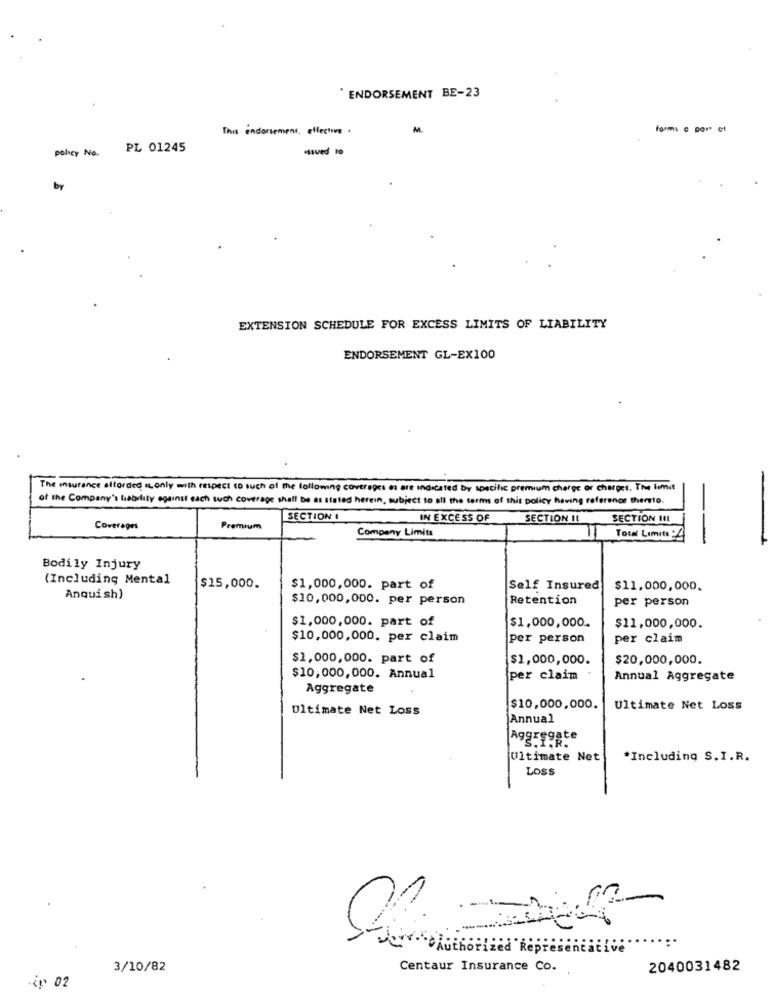
" ENDORSEMENT BE-23
This endorsement, effective .
M
forms c por c
policy No.
PL 01245
essved to
by
EXTENSION SCHEDULE FOR EXCESS LIMITS OF LIABILITY
ENDORSEMENT GL-EX100
The insurance altorded only with respect to such of the following coverages os are indicated by specific premium charge of charges. The limit
of the Company's hability against each such coverage shall be as stated herein, subject to all the terms of this policy having reference thereto.
SECTION
IN EXCESS OF
SECTION II
SECTION II1
Coverages
Premium
Company Limits
Total Limits :
-
Bodily Injury
(Including Mental
$15,000.
$1,000,000. part of
Self Insured
$11.000,000.
Anqui sh)
$10,000,000. per person
Retention
per person
$1,000,000. part of
$1,000,000.
$11,000,000.
$10,000,000. per claim
per person
per claim
$1,000,000. part of
$1,000,000.
$20,000,000.
$10,000,000. Annual
per claim
Annual Aggregate
Aggregate
Ultimate Net Loss
$10,000,000.
Ultimate Net Loss
Annual
Aggreggte
S.I.R.
Ultimate Net
*Including S.I.R.
Loss
uthorized Representative
3/10/82
Centaur Insurance Co.
2040031482
-ig 02